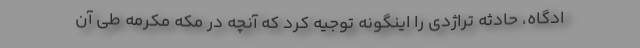
ادگاه، حادثه تراژدی را اینگونه توجیه کرد که آنچه در مکه مکرمه طی آن